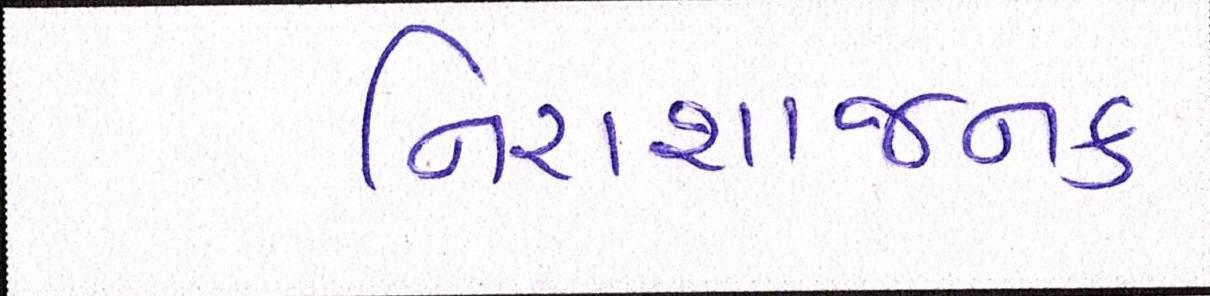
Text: નિરાશાજનક